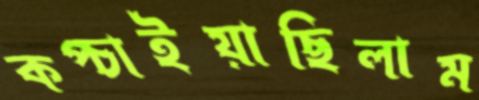
কপ্‌চাইয়াছিলাম